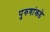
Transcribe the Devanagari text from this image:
पुरुषांकडे